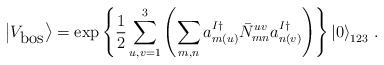
\begin{align*}\left|V_{\mbox{bos}}\right>=\exp\left\{\frac{1}{2}\sum_{u,v=1}^3\left(\sum_{m,n}a^{I\dagger}_{m(u)}{\bar N}^{uv}_{mn}a^{I\dagger}_{n(v)}\right)\right\}\left|0\right>_{123}\,.\end{align*}